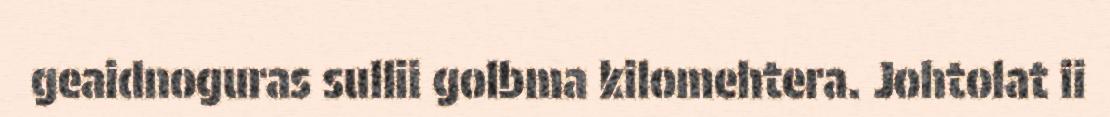
geaidnoguras sullii golbma kilomehtera. Johtolat ii